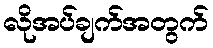
လိုအပ်ချက်အတွက်